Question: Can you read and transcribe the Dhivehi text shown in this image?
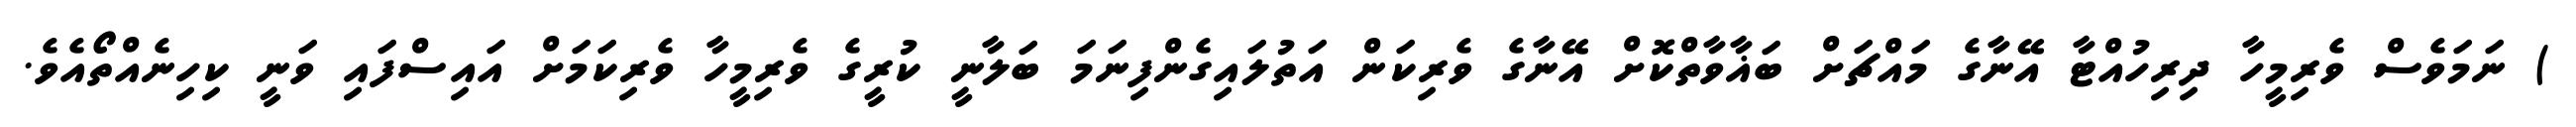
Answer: ) ނަމަވެސް ވެރިމީހާ ދިރިހުއްޓާ އޭނާގެ މައްޗަށް ބަޣާވާތްކޮށް އޭނާގެ ވެރިކަން އަތުލައިގެންފިނަމަ ބަލާނީ ކުރީގެ ވެރިމީހާ ވެރިކަމަށް އައިސްފައި ވަނީ ކިހިނެއްތޯއެވެ.